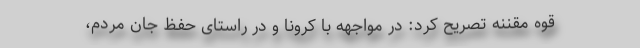
قوه مقننه تصریح کرد: در مواجهه با کرونا و در راستای حفظ جان مردم،